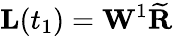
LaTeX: \mathbf L(t_{1})=\mathbf W^{1}\mathbf{\widetilde R}